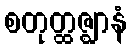
စတုတ္ထဇ္ဈာနံ